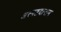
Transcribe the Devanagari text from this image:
अस्पष्टदानाम